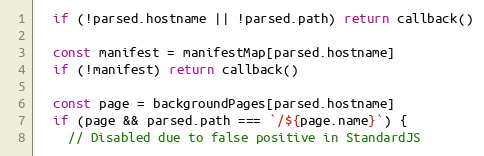
Language: JavaScript
  if (!parsed.hostname || !parsed.path) return callback()

  const manifest = manifestMap[parsed.hostname]
  if (!manifest) return callback()

  const page = backgroundPages[parsed.hostname]
  if (page && parsed.path === `/${page.name}`) {
    // Disabled due to false positive in StandardJS